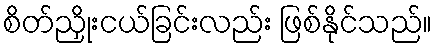
စိတ်ညှိုးငယ်ခြင်းလည်း ဖြစ်နိုင်သည်။